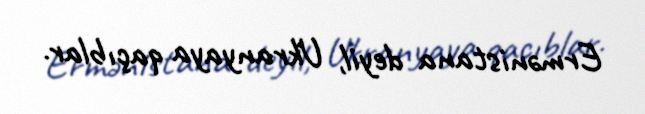
Ermənistana deyil, Ukranyaya qaçıblar.